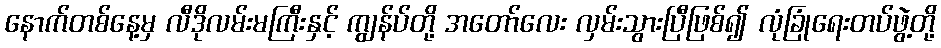
နောက်တစ်နေ့မှ လီဒိုလမ်းမကြီးနှင့် ကျွန်ပ်တို့ အတော်လေး လှမ်းသွားပြီဖြစ်၍ လုံခြုံရေးတပ်ဖွဲ့တို့